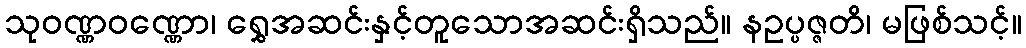
သုဝဏ္ဏဝဏ္ဏော၊ ရွှေအဆင်းနှင့်တူသောအဆင်းရှိသည်။ နဥပ္ပဇ္ဇတိ၊ မဖြစ်သင့်။